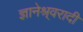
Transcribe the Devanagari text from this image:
ज्ञानेश्र्वरादी